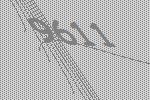
9611